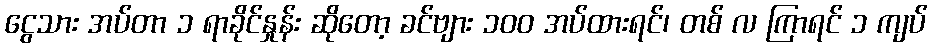
ငွေသား အပ်တာ ၁ ရာခိုင်နှုန်း ဆိုတော့ ခင်ဗျား ၁၀၀ အပ်ထားရင်၊ တစ် လ ကြာရင် ၁ ကျပ်